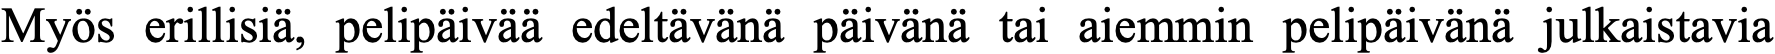
Myös erillisiä, pelipäivää edeltävänä päivänä tai aiemmin pelipäivänä julkaistavia